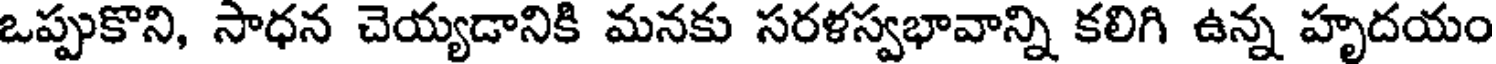
ఒప్పుకొని, సాధన చెయ్యడానికి మనకు సరళస్వభావాన్ని కలిగి ఉన్న హృదయం